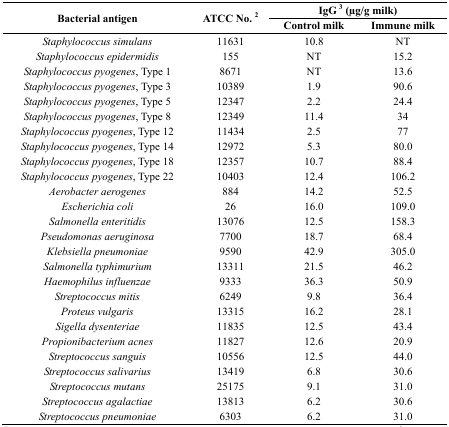
| <ROWSPAN=3> Bacterial antigen | <ROWSPAN=3> ATCC No. 2 | <COLSPAN=2> IgG 3 (μg/g milk) |
 | Control milk | Immune milk |
 | --- | --- | --- | --- |
 | Staphylococcus simulans | 11631 | 10.8 | NT |
 | Staphylococcus epidermidis | 155 | NT | 15.2 |
 | Staphylococcus pyogenes, Type 1 | 8671 | NT | 13.6 |
 | Staphylococcus pyogenes, Type 3 | 10389 | 1.9 | 90.6 |
 | Staphylococcus pyogenes, Type 5 | 12347 | 2.2 | 24.4 |
 | Staphylococcus pyogenes, Type 8 | 12349 | 11.4 | 34 |
 | Staphylococcus pyogenes, Type 12 | 11434 | 2.5 | 77 |
 | Staphylococcus pyogenes, Type 14 | 12972 | 5.3 | 80.0 |
 | Staphylococcus pyogenes, Type 18 | 12357 | 10.7 | 88.4 |
 | Staphylococcus pyogenes, Type 22 | 10403 | 12.4 | 106.2 |
 | Aerobacter aerogenes | 884 | 14.2 | 52.5 |
 | Escherichia coli | 26 | 16.0 | 109.0 |
 | Salmonella enteritidis | 13076 | 12.5 | 158.3 |
 | Pseudomonas aeruginosa | 7700 | 18.7 | 68.4 |
 | Klebsiella pneumoniae | 9590 | 42.9 | 305.0 |
 | Salmonella typhimurium | 13311 | 21.5 | 46.2 |
 | Haemophilus influenzae | 9333 | 36.3 | 50.9 |
 | Streptococcus mitis | 6249 | 9.8 | 36.4 |
 | Proteus vulgaris | 13315 | 16.2 | 28.1 |
 | Sigella dysenteriae | 11835 | 12.5 | 43.4 |
 | Propionibacterium acnes | 11827 | 12.6 | 20.9 |
 | Streptococcus sanguis | 10556 | 12.5 | 44.0 |
 | Streptococcus salivarius | 13419 | 6.8 | 30.6 |
 | Streptococcus mutans | 25175 | 9.1 | 31.0 |
 | Streptococcus agalactiae | 13813 | 6.2 | 30.6 |
 | Streptococcus pneumoniae | 6303 | 6.2 | 31.0 |